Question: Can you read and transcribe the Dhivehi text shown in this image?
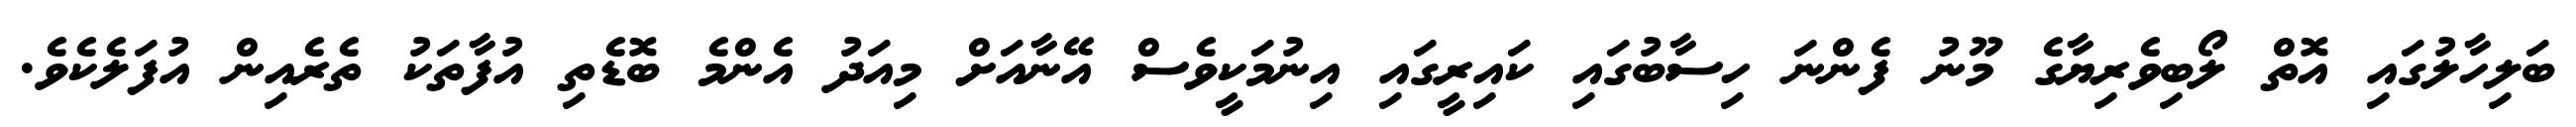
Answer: ބަލިހާލުގައި އޮތް ލޯބިވެރިޔާގެ މޫނު ފެންނަ ހިސާބުގައި ކައިރީގައި އިނުމަކީވެސް އޭނާއަށް މިއަދު އެންމެ ބޮޑެތި އުފާތަކު ތެރެއިން އުފަލެކެވެ.